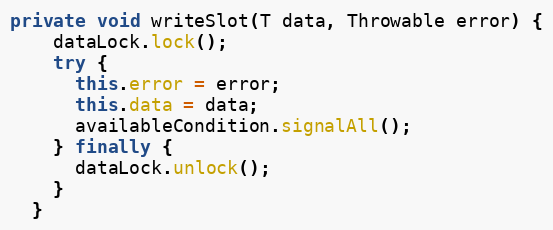
Language: Java
private void writeSlot(T data, Throwable error) {
    dataLock.lock();
    try {
      this.error = error;
      this.data = data;
      availableCondition.signalAll();
    } finally {
      dataLock.unlock();
    }
  }